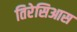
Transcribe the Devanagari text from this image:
तिरेसिआस